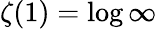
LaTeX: \zeta(1)=\log\infty